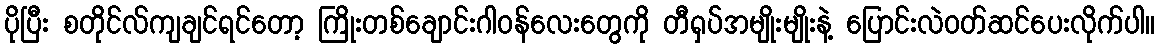
ပိုပြီး စတိုင်လ်ကျချင်ရင်တော့ ကြိုးတစ်ချောင်းဂါဝန်လေးတွေကို တီရှပ်အမျိုးမျိုးနဲ့ ပြောင်းလဲဝတ်ဆင်ပေးလိုက်ပါ။